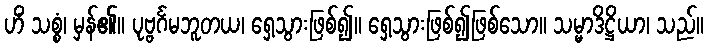
ဟိံ သစ္စံ၊ မှန်၏။ ပုဗ္ဗင်္ဂမဘူတယ၊ ရှေ့သွားဖြစ်၍။ ရှေ့သွားဖြစ်၍ဖြစ်သော။ သမ္မာဒိဋ္ဌိယာ၊ သည်။